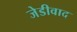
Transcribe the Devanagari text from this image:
जेडीवाद